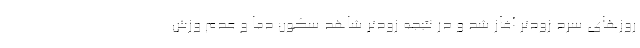
روزهای سرد زودتر آغاز شد و در نتیجه زودتر شاهد سکون دما و عدم وزش